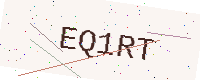
Text: EQ1RT